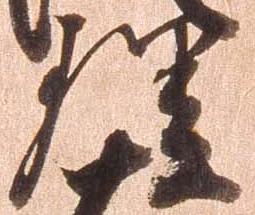
理